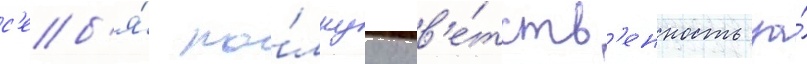
с'еб'я́ по́лнуу отв'е́тств'енность за́